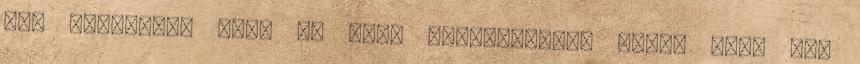
egy szerepet, újra és újra bizonyítania kell, hogy nem